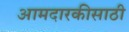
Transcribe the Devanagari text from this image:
आमदारकीसाठी